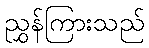
ညွှန်ကြားသည်